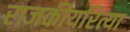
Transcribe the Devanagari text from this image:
राजकीयरित्या